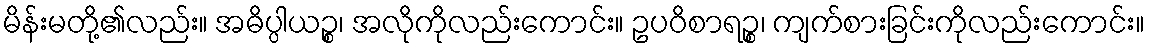
မိန်းမတို့၏လည်း။ အဓိပ္ပါယဉ္စ၊ အလိုကိုလည်းကောင်း။ ဥပဝိစာရဉ္စ၊ ကျက်စားခြင်းကိုလည်းကောင်း။